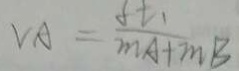
V A = \frac { f t _ { 1 } } { m A + m B }